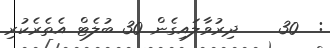
:  30    ދިރުވާލައިގެން 30 ބުލެޓް އެތެރެކުރި